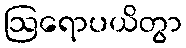
ဩရောပယိတွာ